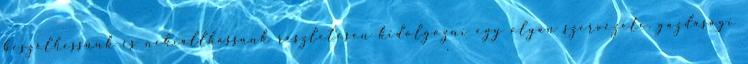
beszélhessünk és nekiállhassunk részletesen kidolgozni egy olyan szervezeti, gazdasági